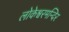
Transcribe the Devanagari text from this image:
लोकेश्वरमन्दिर